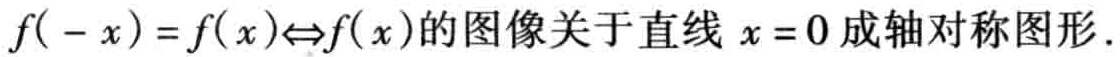
\(f( - x)=f(x)\Leftrightarrow f(x)\)的图像关于直线\(x = 0\)成轴对称图形.